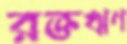
রক্তঋণ